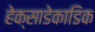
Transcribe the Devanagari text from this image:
हेक्साडेकाडिक